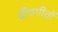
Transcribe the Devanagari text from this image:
दीपगीतों